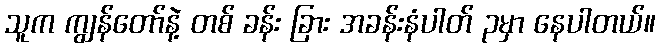
သူက ကျွန်တော်နဲ့ တစ် ခန်း ခြား အခန်းနံပါတ် ၃မှာ နေပါတယ်။